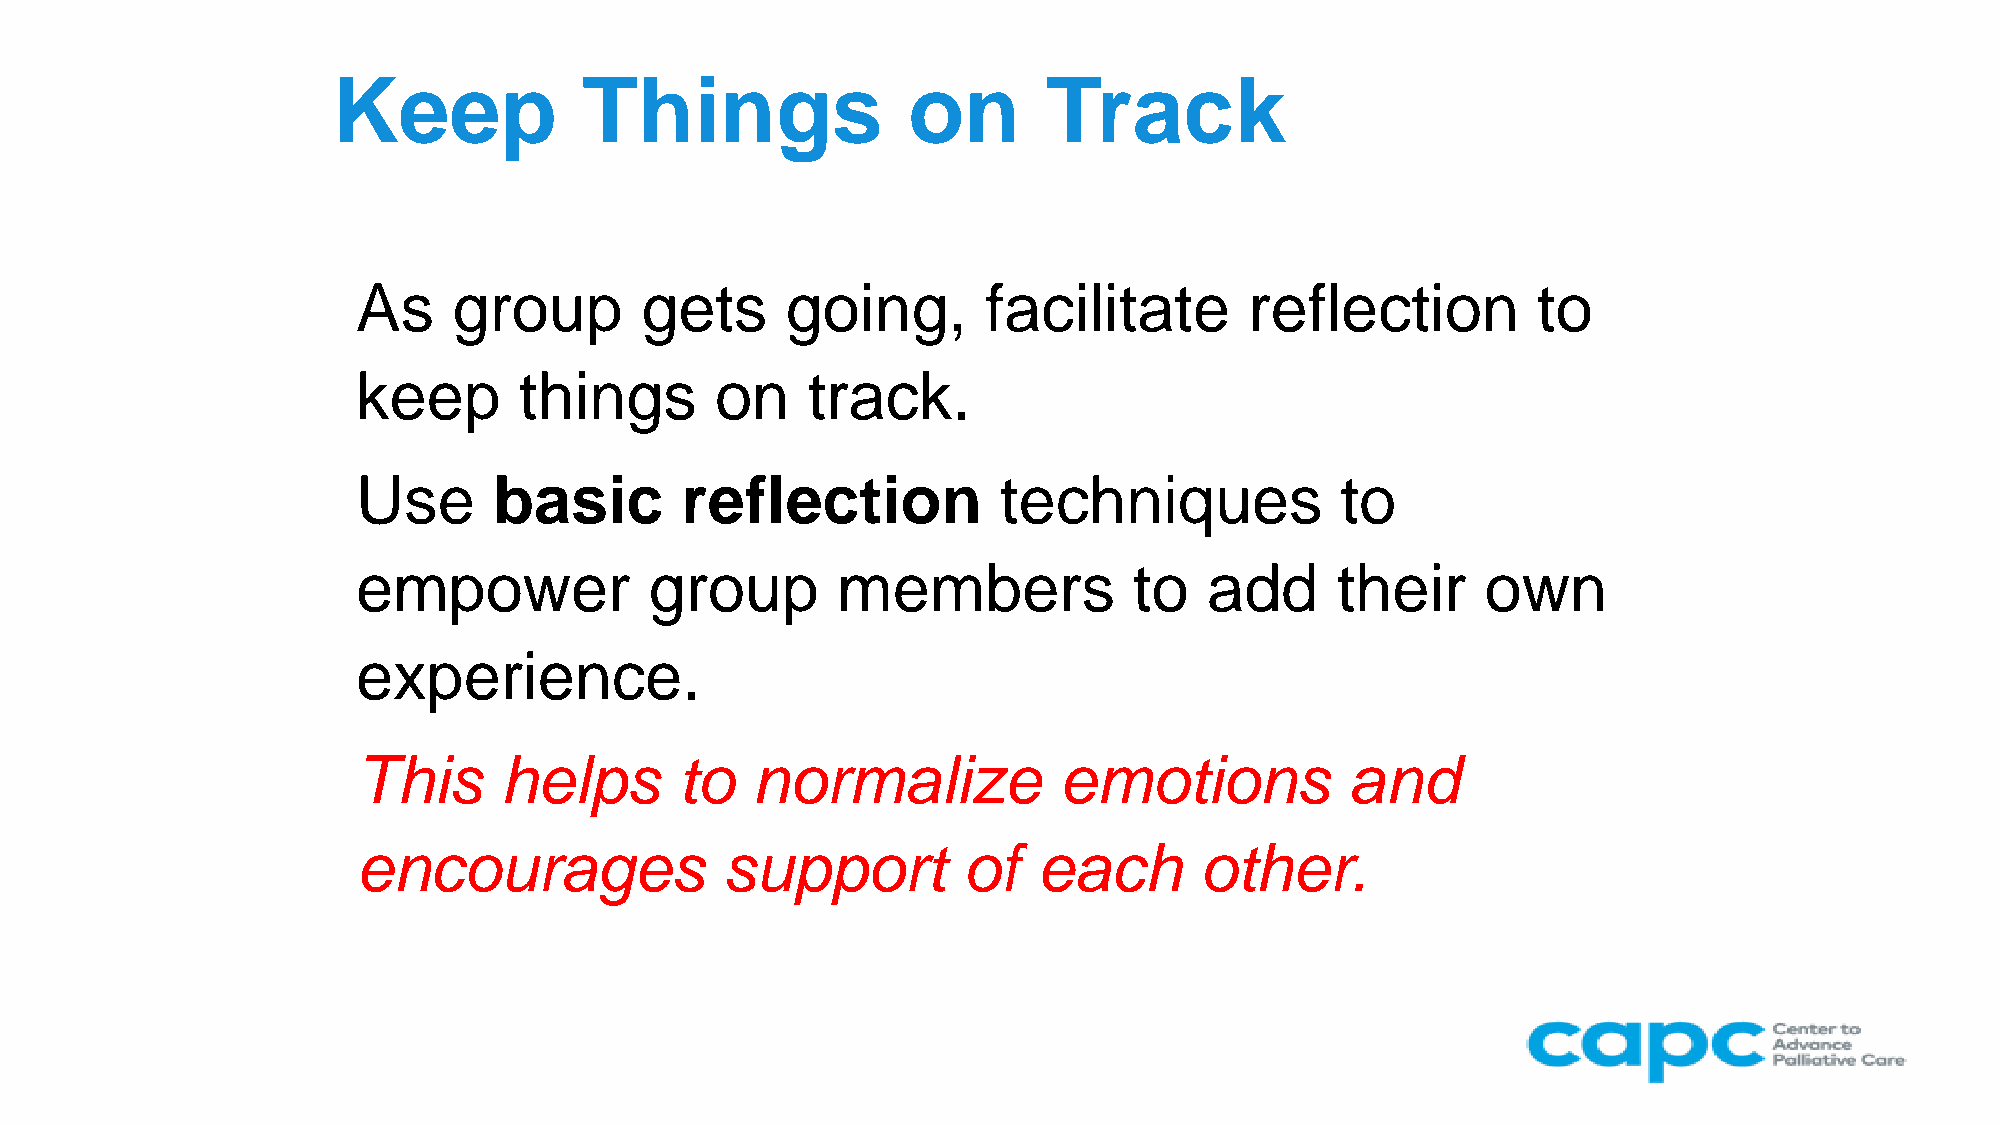
Keep             Things               on       Track
 As    group       gets      going,       facilitate        reflection         to
 keep      things       on    track.
 Use      basic       reflection           techniques             to
 empower            group       members             to   add     their     own
 experience.
 This     helps       to   normalize           emotions           and
 encourages              support         of   each      other.